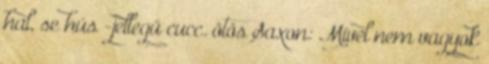
hal, se hús”-jellegű cucc. ötös Saxon: Mivel nem vagyok